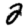
Digit: 2